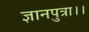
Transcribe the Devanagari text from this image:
ज्ञानपुत्रा।।